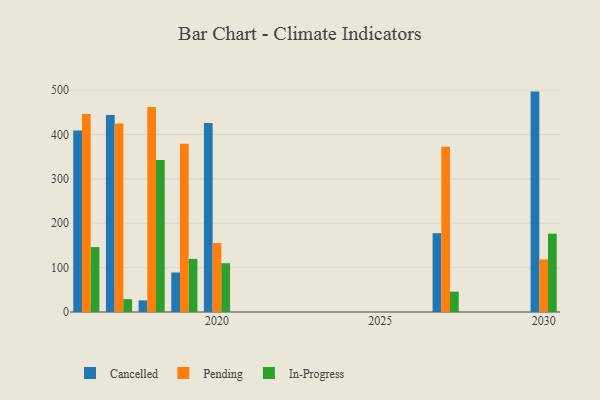
{"axis": {"x": "Year", "y": "Budget (USD K)"}, "legend": ["Cancelled", "In-Progress", "Pending"], "data": [{"x": "2020", "y": 426.2, "type": "Cancelled"}, {"x": "2020", "y": 155.4, "type": "Pending"}, {"x": "2020", "y": 109.9, "type": "In-Progress"}, {"x": "2030", "y": 496.7, "type": "Cancelled"}, {"x": "2030", "y": 118.6, "type": "Pending"}, {"x": "2030", "y": 176.5, "type": "In-Progress"}, {"x": "2019", "y": 89.0, "type": "Cancelled"}, {"x": "2019", "y": 379.0, "type": "Pending"}, {"x": "2019", "y": 119.8, "type": "In-Progress"}, {"x": "2018", "y": 26.2, "type": "Cancelled"}, {"x": "2018", "y": 461.9, "type": "Pending"}, {"x": "2018", "y": 342.3, "type": "In-Progress"}, {"x": "2017", "y": 443.7, "type": "Cancelled"}, {"x": "2017", "y": 424.9, "type": "Pending"}, {"x": "2017", "y": 28.9, "type": "In-Progress"}, {"x": "2016", "y": 409.2, "type": "Cancelled"}, {"x": "2016", "y": 446.3, "type": "Pending"}, {"x": "2016", "y": 146.3, "type": "In-Progress"}, {"x": "2027", "y": 177.6, "type": "Cancelled"}, {"x": "2027", "y": 372.5, "type": "Pending"}, {"x": "2027", "y": 45.9, "type": "In-Progress"}]}